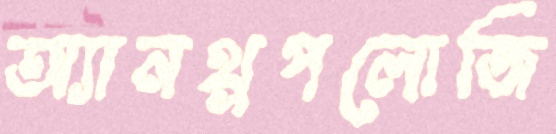
অ্যানথ্রপলোজি